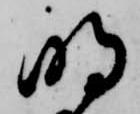
明